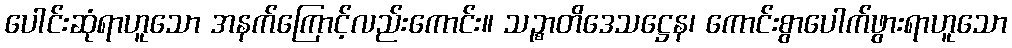
ပေါင်းဆုံရာဟူသော အနက်ကြောင့်လည်းကောင်း။ သဉ္စာတိဒေသဋ္ဌေန၊ ကောင်းစွာပေါက်ဖွားရာဟူသော